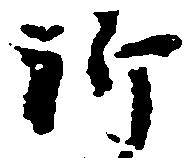
祈